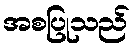
အစပြုသည်